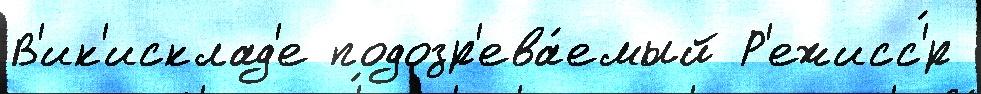
В'ик'исклад'е подозр'ева́емый Р'ежисс'́р